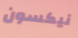
نيكسون